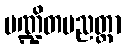
ပဏ္ဍိတပညတ္တာ